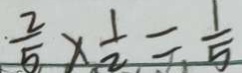
\frac { 2 } { 5 } \times \frac { 1 } { 2 } = \frac { 1 } { 5 }